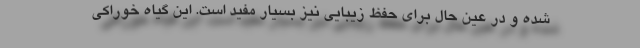
شده و در عین حال برای حفظ زیبایی نیز بسیار مفید است. این گیاه خوراکی